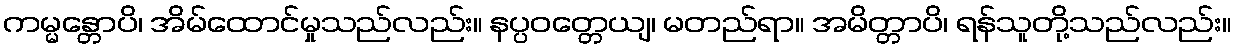
ကမ္မန္တောပိ၊ အိမ်ထောင်မှုသည်လည်း။ နပ္ပဝတ္တေယျ၊ မတည်ရာ။ အမိတ္တာပိ၊ ရန်သူတို့သည်လည်း။